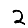
Digit: 2